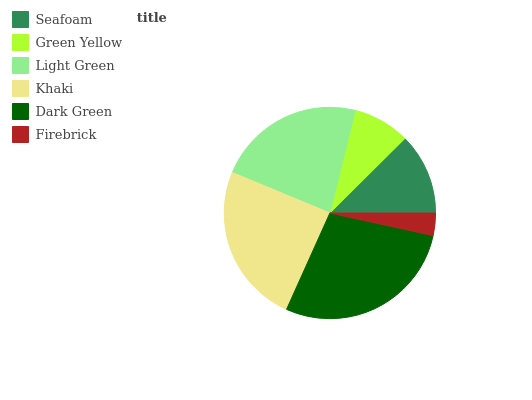
| Seafoam | Green Yellow | Light Green | Khaki | Dark Green | Firebrick |
 | --- | --- | --- | --- | --- | --- |
 | 12.4% | 8.7% | 22.6% | 24.5% | 28.3% | 3.44% |